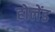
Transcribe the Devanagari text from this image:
होलेंड